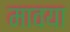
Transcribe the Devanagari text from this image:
मावया